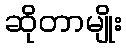
ဆိုတာမျိုး